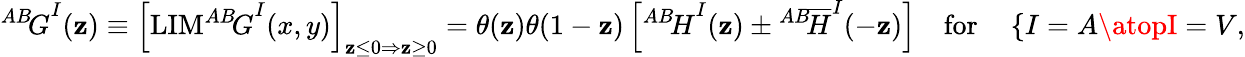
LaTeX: {^{AB}\! G}^{I}(\mathbf{z})\equiv\left[\mathrm{{LIM}}{^{AB}\! G}^{I}(x,y)\right]_{\mathbf{z}\le0\Rightarrow\mathbf{z}\ge0}=\theta(\mathbf{z})\theta(1-\mathbf{z})\left[{^{AB}\! H}^{I}(\mathbf{z})\pm{^{AB}\! \overline{{{H}}}}^{I}(-\mathbf{z})\right]\quad\mathrm{{for}}\quad\left\{ {I=A\atopI=V}\right.,